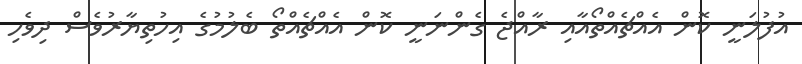
އުފުލަނީ ކޮން އެއްޗެއްތޯއާއި ރާއްޖެ ގެންނަނީ ކޮން އެއްޗެއްތޯ ބެލުމުގެ އިހުތިޔާރުވެސް ދިވެހި